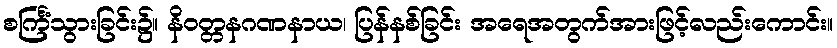
စင်္ကြံသွားခြင်း၌။ နိဝတ္တနဂဏနာယ၊ ပြန်နစ်ခြင်း အရေအတွက်အားဖြင့်လည်းကောင်း။